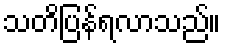
သတိပြန်ရလာသည်။